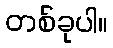
တစ်ခုပါ။